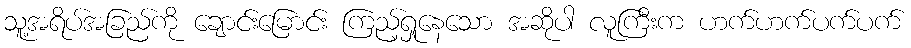
သူ့အရိပ်အခြည်ကို ချောင်းမြောင်း ကြည့်ရှုနေသော အဆိုပါ လူကြီးက ဟက်ဟက်ပက်ပက်